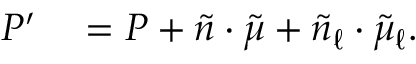
\begin{array} { r l } { P ^ { \prime } } & { { } = P + \tilde { n } \cdot \tilde { \mu } + \tilde { n } _ { \ell } \cdot \tilde { \mu } _ { \ell } . } \end{array}